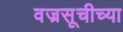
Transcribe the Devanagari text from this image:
वज्रसूचीच्या